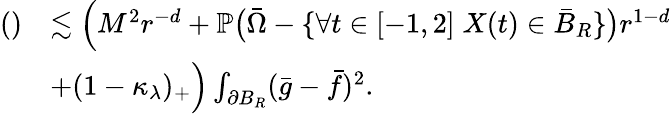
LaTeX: \begin{array}{rl}{\mathrm{()}}&{\lesssim\Big(M^{2}r^{-d}+\mathbb{P}\big(\bar{\Omega}-\{ \forall t\in[-1,2]\; X(t)\in\bar{B}_{R}\} \big)r^{1-d}}\\ &{+(1-\kappa_{\lambda})_{+}\Big)\int_{\partial B_{R}}(\bar{g}-\bar{f})^{2}.}\end{array}